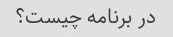
در برنامه چیست؟